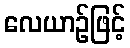
လေယာဉ်ဖြင့်